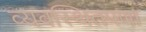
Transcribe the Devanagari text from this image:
व्यवस्थितपणा